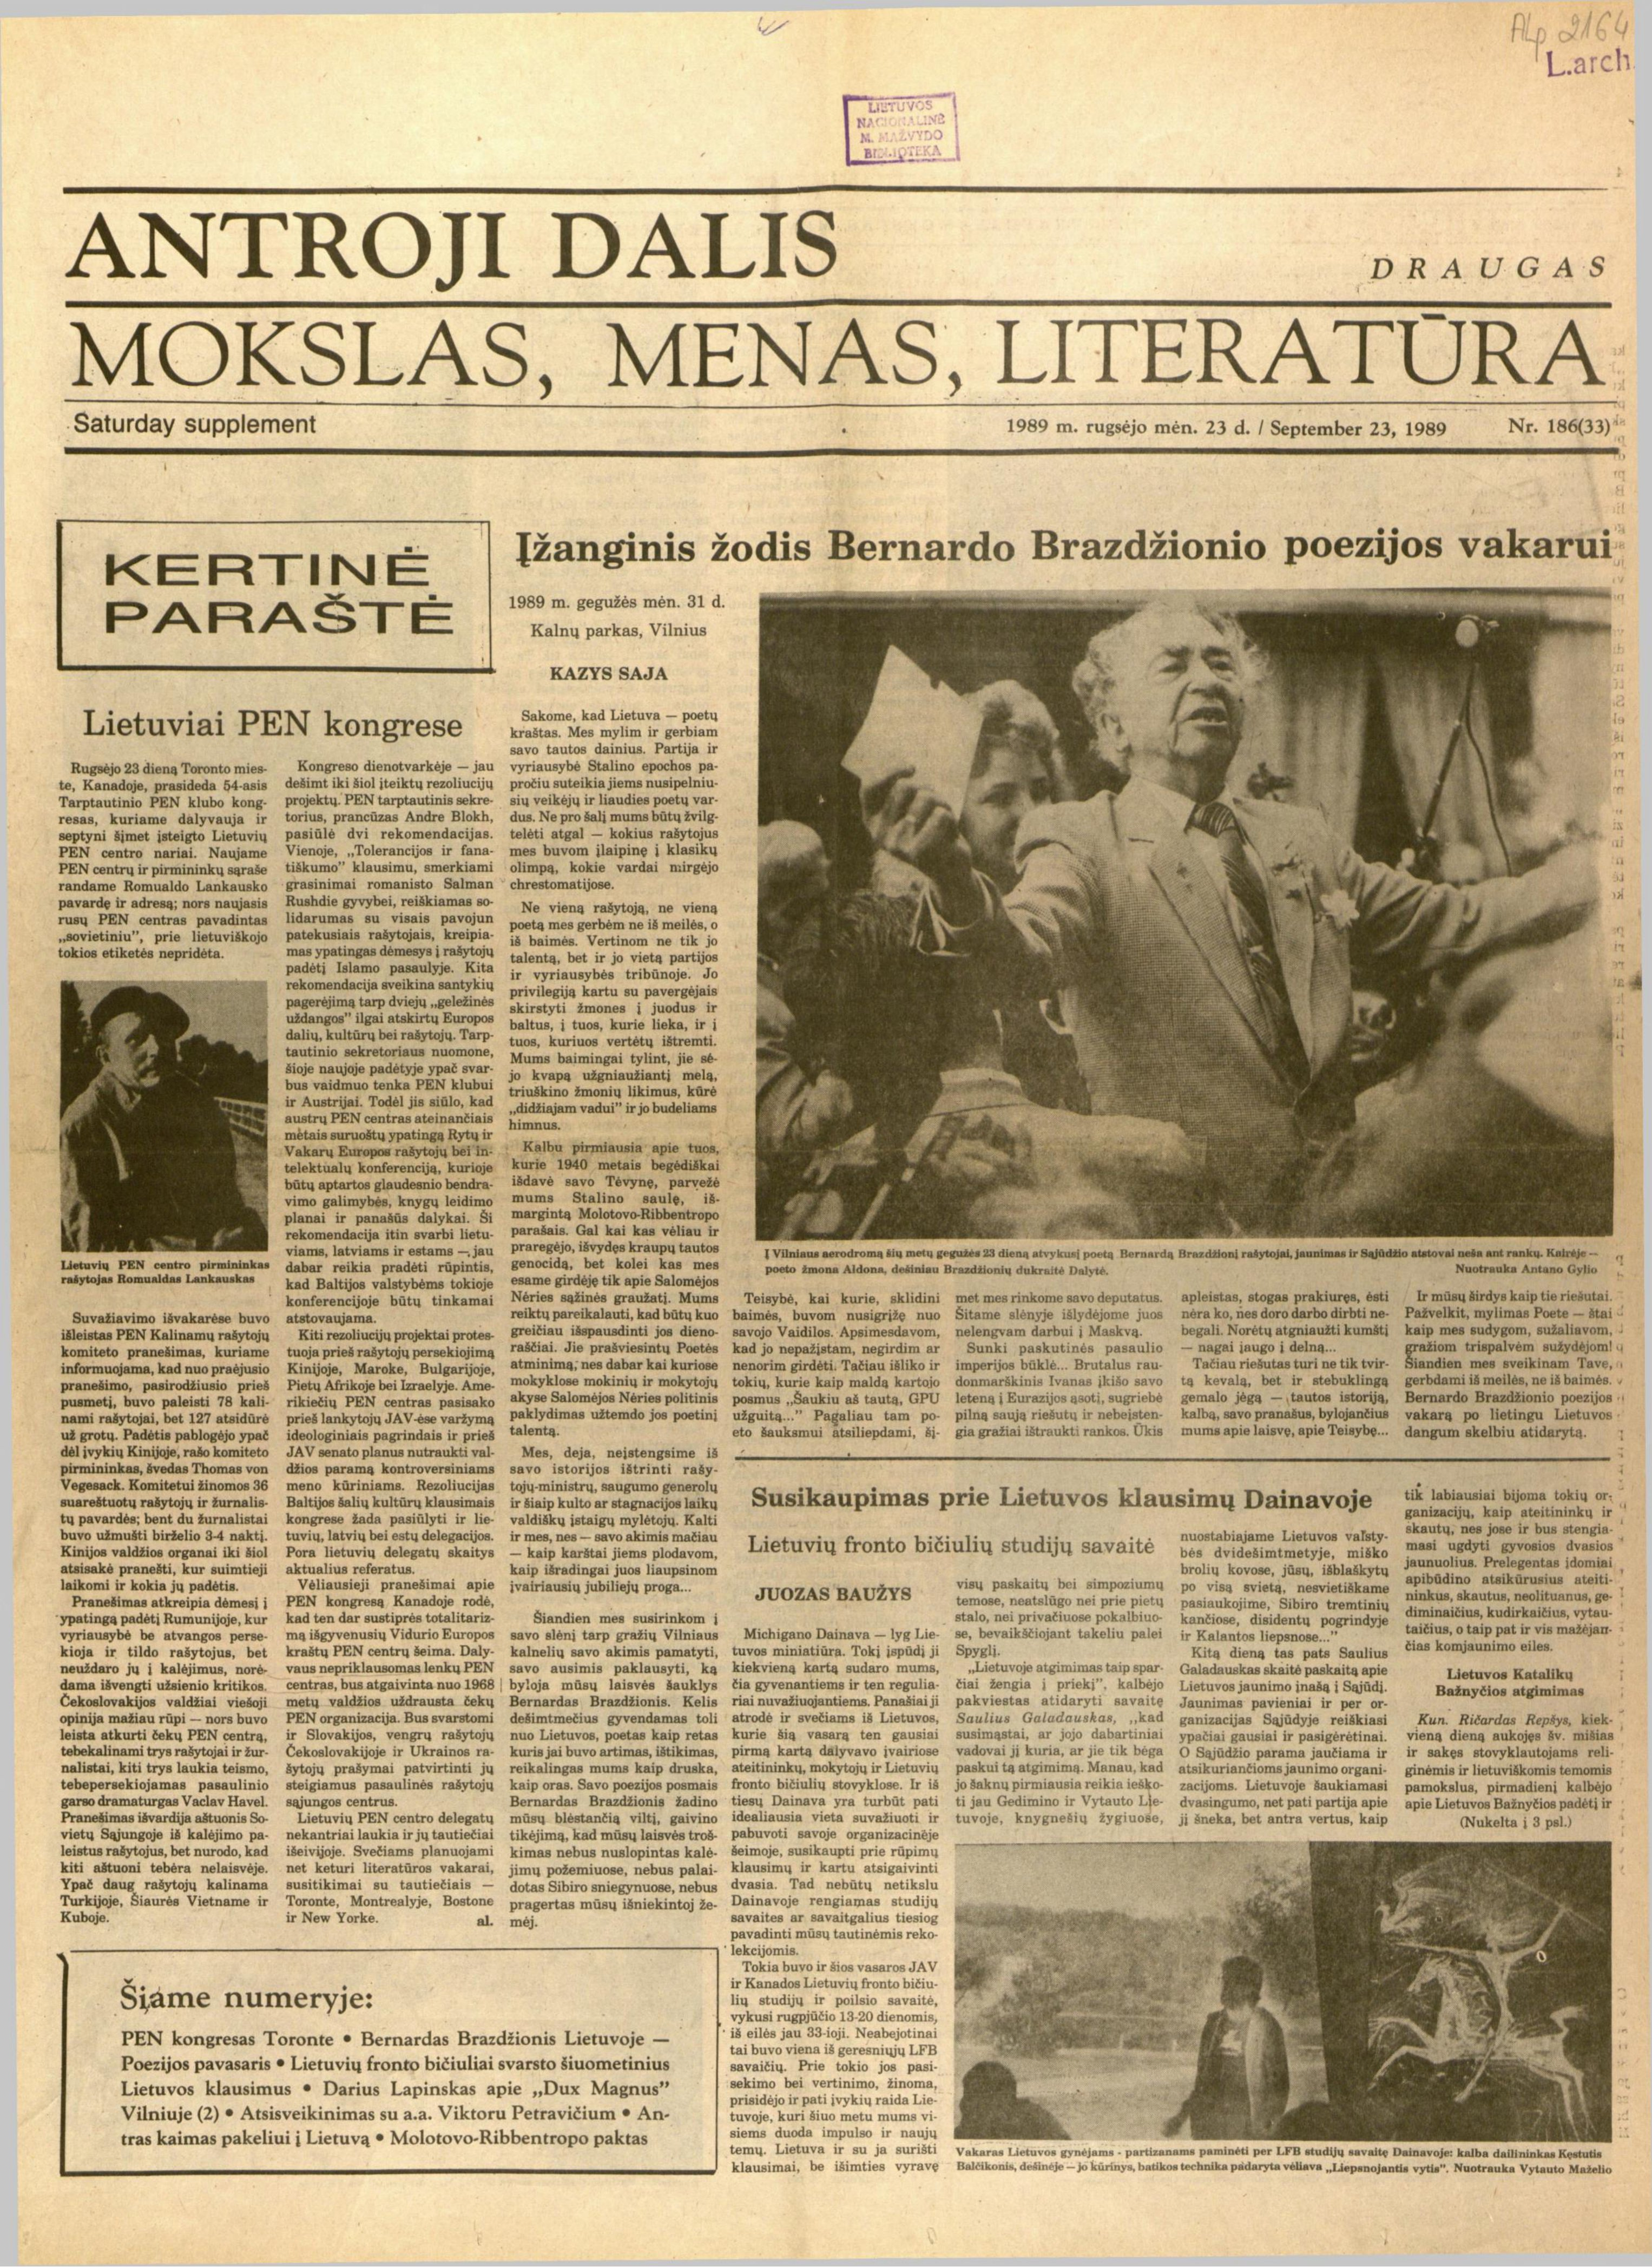
Language: lt